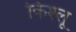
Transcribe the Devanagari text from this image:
किश्लू